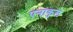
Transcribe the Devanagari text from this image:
एनाकुल